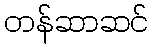
တန်ဆာဆင်